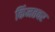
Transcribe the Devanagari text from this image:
किंमतवर